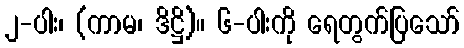
၂-ပါး၊ (ကာမ၊ ဒိဋ္ဌိ)။ ၆-ပါးကို ရေတွက်ပြသော်